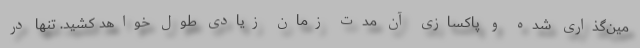
مین‌گذاری شده و پاکسازی آن مدت زمان زیادی طول خواهد کشید. تنها در